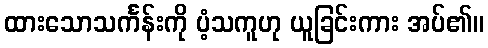
ထားသောသင်္ကန်းကို ပံ့သကူဟု ယူခြင်းကား အပ်၏။